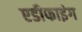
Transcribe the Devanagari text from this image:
एडीफाइंग